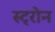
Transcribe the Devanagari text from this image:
स्ट्रोन